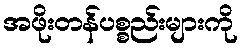
အဖိုးတန်ပစ္စည်းများကို